Indian journal of veterinary science and animal husbandry - Volume 8,
Year: 1938
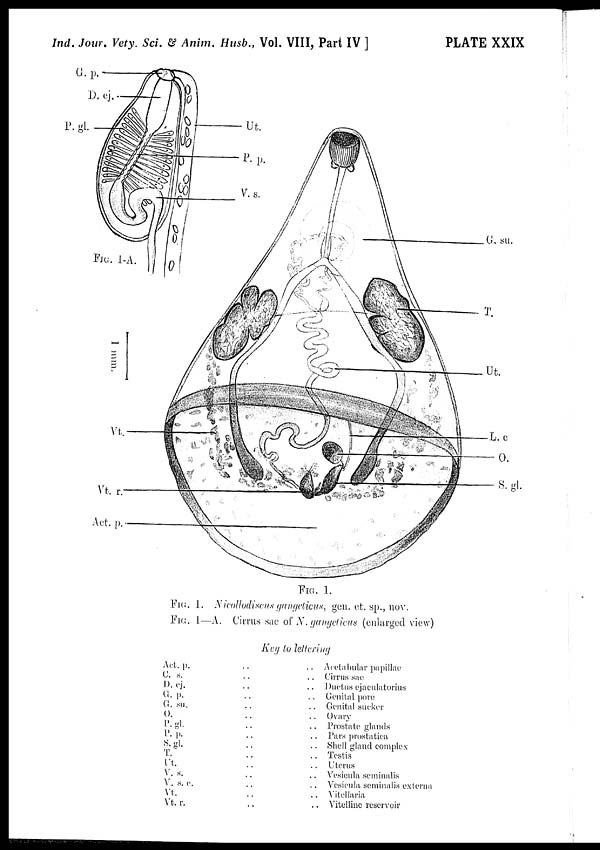
Ind. Jour. Vety. Sci. & Anim. Husb., Vol. VIII, Part IV ]
PLATE XXIX
FIG. 1.
FIG 1. Nicollodiscus gangeticus, gen. et. sp., nov.
FIG. 1—A. Cirrus sac of N. gangeticus (enlarged view)
Key to lettering
Act. p. .. ..
C. s. .. ..
D.
cj. .. ..
G. p. .. ..
G. su. .. ..
O. .. ..
P. gl. .. ..
P. p. .. ..
S.gl. .. ..
T. .. ..
Ut. .. ..
V. s. .. ..
V. s. c. .. ..
Vt. .. ..
Vt. r. .. ..
Acetabular papillae
Cirrus sac
Ductus ejaculatorius
Genital pore
Genital sucker
Ovary
Prostate glands
Pars prostatica
Shell gland complex
Testis
Uterus
Vesicula seminalis
Vesicula seminalis externa
Vitellaria
Vitelline reservoir